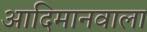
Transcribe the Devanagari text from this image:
आदिमानवाला